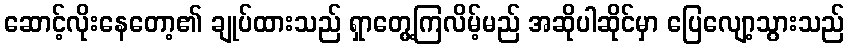
ဆောင့်လိုးနေတော့၏ ချုပ်ထားသည် ရှာတွေ့ကြလိမ့်မည် အဆိုပါဆိုင်မှာ ပြေလျော့သွားသည်